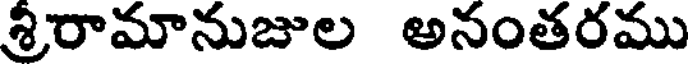
శ్రీరామానుజుల అనంతరము